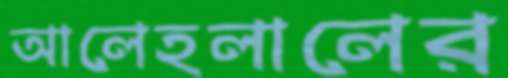
আলেহলালের